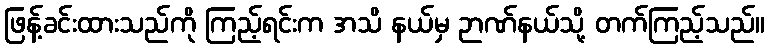
ဖြန့်ခင်းထားသည်ကို ကြည့်ရင်းက အသိ နယ်မှ ဉာဏ်နယ်သို့ တက်ကြည့်သည်။